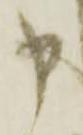
申